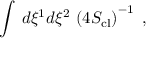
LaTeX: \int \, d \xi ^ { 1 } d \xi ^ { 2 } \, \left( 4 S _ { \mathrm { c l } } \right) ^ { - 1 } \ ,